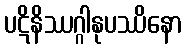
ပဋိနိဿဂ္ဂါနုပဿိနော